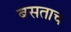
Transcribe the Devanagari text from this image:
बसताच